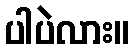
ပါပဲလား။